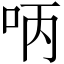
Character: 𠰳